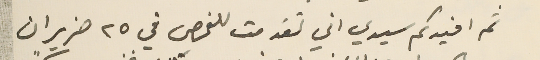
ثم افيدكم سيدي اني تقدمت للفحص في ٢٥ حزيران